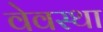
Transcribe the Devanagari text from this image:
वेवस्था